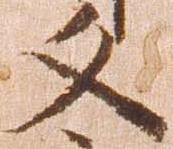
文